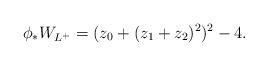
LaTeX: \begin{align*} \phi_* W_{L^+} = (z_0 + (z_1+z_2)^2)^2-4.\end{align*}